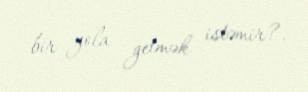
bir yola getmək istəmir?.